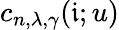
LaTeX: c_{n,\lambda,\gamma}(\mathfrak{i};u)